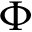
\Phi